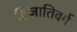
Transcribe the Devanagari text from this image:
द्विजातिवर्ग